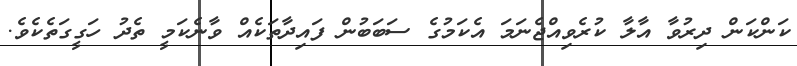
ކަންކަން ދިރުވާ އާލާ ކުރެވިއްޖެނަމަ އެކަމުގެ ސަބަބުން ފައިދާތަކެއް ވާނެކަމީ ތެދު ހަގީގަތެކެވެ.